Indian journal of veterinary science and animal husbandry - Volume 14,
Year: 1944
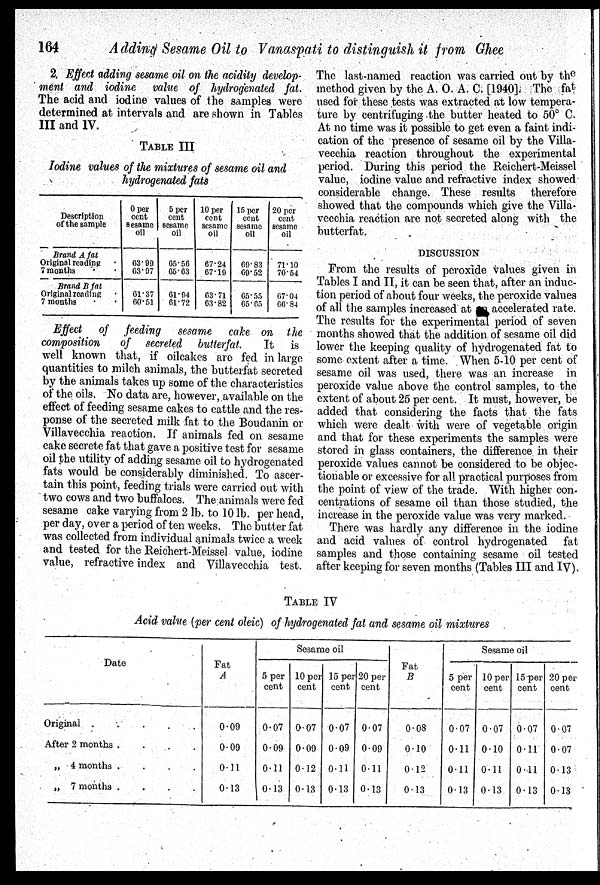
164
Adding Sesame Oil to Vanaspati to distinguish it from Ghee
2. Effect adding sesame oil on the acidity develop-
ment and iodine value of hydrogenated fat.
The acid and iodine values of the samples were
determined at intervals and are shown in Tables
III and IV.
TABLE III
Iodine values of the mixtures of sesame oil and
hydrogenated fats
Description
of the sample
Brand A fat
Original reading
7 months
Brand B fat
Original reading
7 months
0 per
cent
Sesame
oil
63.99
63.97
61.37
60.51
5 per
cent
sesame
oil
65.56
65.63
61.94
61.72
10 per
cent
sesame
oil
67.24
67.19
63.71
63.82
15 per
cent
sesame
oil
69.83
69.52
65.55
65.65
20 per
cent
sesame
oil
71.10
70.54
67.04
66.84
Effect of feeding sesame cake on the
composition of secreted butterfat. It is
well known that, if oilcakes are fed in large
quantities to milch animals, the butterfat secreted
by the animals takes up some of the characteristics
of the oils. No data are, however, available on the
effect of feeding sesame cakes to cattle and the res-
ponse of the secreted milk fat to the Boudanin or
Villavecchia reaction. If animals fed on sesame
cake secrete fat that gave a positive test for sesame
oil the utility of adding sesame oil to hydrogenated
fats would be considerably diminished. To ascer-
tain this point, feeding trials were carried out with
two cows and two buffaloes. The animals were fed
sesame cake varying from 2 lb. to 10 lb. per head,
per day, over a period of ten weeks. The butter fat
was collected from individual animals twice a week
and tested for the Reichert-Meissel value, iodine
value, refractive index and Villavecchia test.
The last-named reaction was carried out by the
method given by the A. O. A. C. [1940]. The fat
used for these tests was extracted at low tempera-
ture by centrifuging the butter heated to 50° C.
At no time was it possible to get even a faint indi-
cation of the presence of sesame oil by the Villa-
vecchia reaction throughout the experimental
period. During this period the Reichert-Meissel
value, iodine value and refractive index showed
considerable change. These results therefore
showed that the compounds which give the Villa-
vecchia reaction are not secreted along with the
butterfat.
DISCUSSION
From the results of peroxide values given in
Tables I and II, it can be seen that, after an induc-
tion period of about four weeks, the peroxide values
of all the samples increased at an accelerated rate.
The results for the experimental period of seven
months showed that the addition of sesame oil did
lower the keeping quality of hydrogenated fat to
some extent after a time. When 5-10 per cent of
sesame oil was used, there was an increase in
peroxide value above the control samples, to the
extent of about 25 per cent. It must, however, be
added that considering the facts that the fats
which were dealt with were of vegetable origin
and that for these experiments the samples were
stored in glass containers, the difference in their
peroxide values cannot be considered to be objec-
tionable or excessive for all practical purposes from
the point of view of the trade. With higher con.
centrations of sesame oil than those studied, the
increase in the peroxide value was very marked.
There was hardly any difference in the iodine
and acid values of control hydrogenated fat
samples and those containing sesame oil tested
after keeping for seven months (Tables III and IV).
TABLE IV
Acid value (per cent oleic) of hydrogenated fat and sesame oil mixtures
Date
Original . . . .
After 2 months .
.
.
.
„ 4 months .
.
.
.
„ 7 months .
.
.
.
Fat
A
0.09
0.09
0.11
0.13
Sesame oil
5 per
cent
0.07
0.09
0.11
0.13
10 per
cent
0.07
0.09
0.12
0.13
15 per
cent
0.07
0.09
0.11
0.13
20 per
cent
0.07
0.09
0.11
0.13
Fat
B
0.08
0.10
0.12
0.13
Sesame oil
5 per
cent
0.07
0.11
0.11
0.13
10 per
cent
0.07
0.10
0.11
0.13
15 per
cent
0.07
0.11
0.11
0.13
20 per
cent
0.07
0.07
0.13
0.13